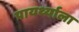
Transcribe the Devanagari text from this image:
पायर्थ्याला